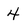
Character: 4